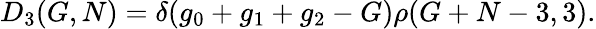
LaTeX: D_{3}(G,N)=\delta(g_{0}+g_{1}+g_{2}-G)\rho(G+N-3,3).